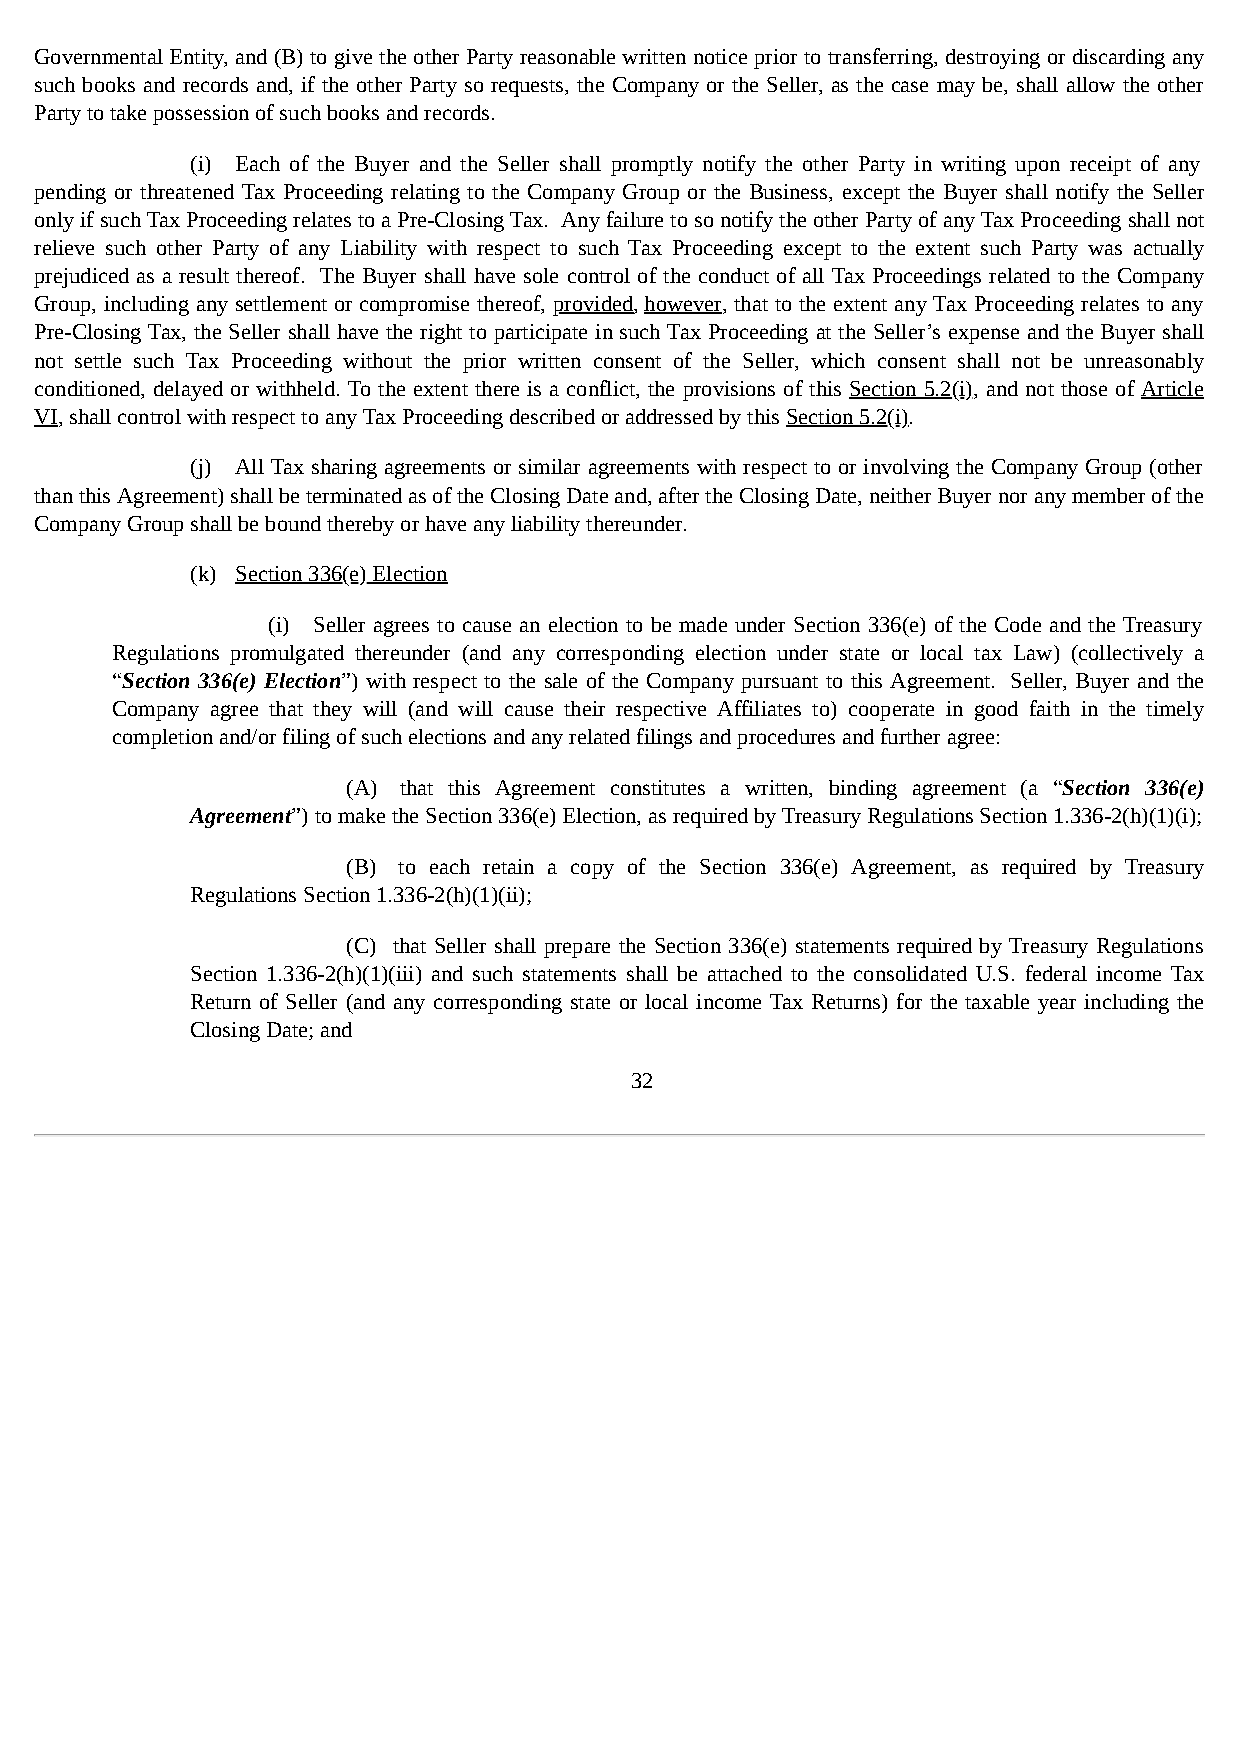
Governmental Entity, and (B) to give the other Party reasonable written notice prior to transferring, destroying or discarding any
 such books and records and, if the other Party so requests, the Company or the Seller, as the case may be, shall allow the other
 Party to take possession of such books and records.
 (i) Each of the Buyer and the Seller shall promptly notify the other Party in writing upon receipt of any
 pending or threatened Tax Proceeding relating to the Company Group or the Business, except the Buyer shall notify the Seller
 only if such Tax Proceeding relates to a Pre-Closing Tax. Any failure to so notify the other Party of any Tax Proceeding shall not
 relieve such other Party of any Liability with respect to such Tax Proceeding except to the extent such Party was actually
 prejudiced as a result thereof. The Buyer shall have sole control of the conduct of all Tax Proceedings related to the Company
 Group, including any settlement or compromise thereof, provided, however, that to the extent any Tax Proceeding relates to any
 Pre-Closing Tax, the Seller shall have the right to participate in such Tax Proceeding at the Seller’s expense and the Buyer shall
 not settle such Tax Proceeding without the prior written consent of the Seller, which consent shall not be unreasonably
 conditioned, delayed or withheld. To the extent there is a conflict, the provisions of this Section 5.2(i), and not those of Article
 VI, shall control with respect to any Tax Proceeding described or addressed by this Section 5.2(i).
 (j) All Tax sharing agreements or similar agreements with respect to or involving the Company Group (other
 than this Agreement) shall be terminated as of the Closing Date and, after the Closing Date, neither Buyer nor any member of the
 Company Group shall be bound thereby or have any liability thereunder.
 (k) Section 336(e) Election
 (i) Seller agrees to cause an election to be made under Section 336(e) of the Code and the Treasury
 Regulations promulgated thereunder (and any corresponding election under state or local tax Law) (collectively a
 “Section 336(e) Election”) with respect to the sale of the Company pursuant to this Agreement. Seller, Buyer and the
 Company agree that they will (and will cause their respective Affiliates to) cooperate in good faith in the timely
 completion and/or filing of such elections and any related filings and procedures and further agree:
 (A) that this Agreement constitutes a written, binding agreement (a “Section 336(e)
 Agreement”) to make the Section 336(e) Election, as required by Treasury Regulations Section 1.336-2(h)(1)(i);
 (B) to each retain a copy of the Section 336(e) Agreement, as required by Treasury
 Regulations Section 1.336-2(h)(1)(ii);
 (C) that Seller shall prepare the Section 336(e) statements required by Treasury Regulations
 Section 1.336-2(h)(1)(iii) and such statements shall be attached to the consolidated U.S. federal income Tax
 Return of Seller (and any corresponding state or local income Tax Returns) for the taxable year including the
 Closing Date; and
 32